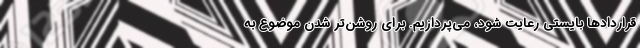
قراردادها بایستی رعایت شود، می‌پردازیم. برای روشن‌تر شدن موضوع به